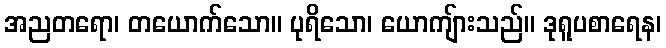
အညတရော၊ တယောက်သော။ ပုရိသော၊ ယောကျ်ားသည်။ ဒုရူပစာရေန၊